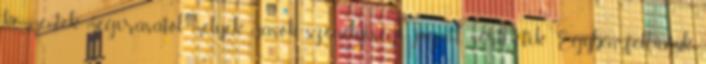
kommentek megírásától, melyek mások személyiségi jogait sérthetik. Egyben felhívjuk